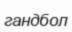
гандбол